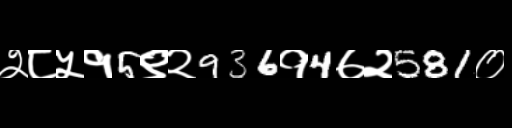
Text: २८५१5९२936१4७२581०